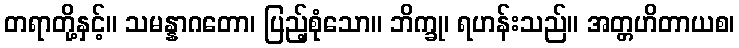
တရာတို့နှင့်။ သမန္နာဂတော၊ ပြည့်စုံသော။ ဘိက္ခု၊ ရဟန်းသည်။ အတ္တဟိတာယစ၊